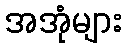
အအုံများ